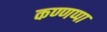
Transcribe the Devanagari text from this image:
कण्णप्पा